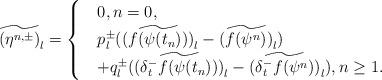
LaTeX: \begin{align*} \widetilde{(\eta^{n,\pm})}_l = \begin{cases} &0, n=0,\\ &p_l^{\pm} (\widetilde{(f(\psi(t_n)))}_l - \widetilde{(f(\psi^n))}_l) \\ &+ q_l^{\pm} (\widetilde{(\delta_t^- f(\psi(t_n)))}_l - \widetilde{(\delta_t^- f(\psi^n))}_l), n \ge 1. \end{cases} \end{align*}